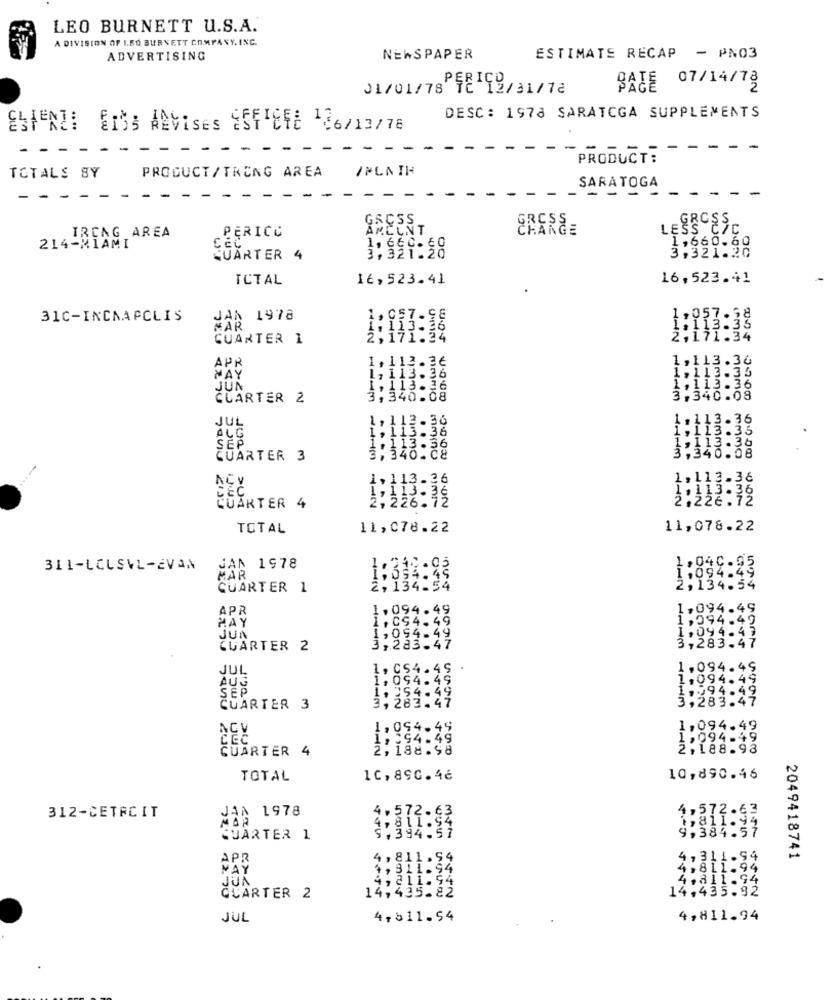
LEO BURNETT U.S.A.
A DIVISION OF 1.80 BURNETT COMPANY. INC.
ADVERTISING
NEWSPAPER
ESTIMATE RECAP - PN03
01/01/78PERIGO
E 12/31/12
BATE 07/14/78
DESC : 1978 SARATOGA SUPPLEMENTS
ESFENZI GISS ANVises ESFTETE 106/13/78
- -
PRODUCT:
IMLA IN
TOTALS SY
PRODUCT/TRONG AREA
SARATOGA
--
GSCSS
GROSS
IRCAG AREA
PERICO
MCUNT
CHARGE
LESS CIC
214-MIAMI
1,660.60
QUARTER 4
3,321:28
3,321.20
ICTAL
16, 523.41
16, 523.41
.a.m
31C-INCNAPCLIS
1978
57.58
1:113:38
GUARTER 1
, 113.36
,113.36
APR
WAY
113.36
,113.35
JUN
1, 113.26
,113.36
CUARTER 2
3,340.08
3,340.08
Wupper
JUL
1, 113.36
.36
3:33
SEP
ALG
1, 113.36
1.113.36
QUARTER 3
3,340.Ce
340.08
NC V
1, 113 .36
113.36
. .
CEC
2,226.72
,113.39
CUARTER 4
TOTAL
11,078.22
11,078.22
311-LOLSVL-EVA
JAN 1978
,04C.93
1:534:45
,094.49
CUARTER 1
2,134.54
APP
1.094.49
,094.49
1,094.49
MAY
1.CS4.49
1,994-49
1.094.43
QUARTER 2
3,283.47
3,283.47
JUL
1, CS4. 49
1.094.49
AU
1,054.49
1,094.49
SEP
4.49
1,594.49
3,283.47
1. 3
3.
3.47
CUARTER 3
NPH
3,2
...
NCV
1, 094.
,094
49
CEC
1,354.49
QUARTER 4
2,188.98
TOTAL
1C, 890.46
10, 890.46
JAA 1978
4,572 .63
312-CETACIT
9,384.57
$811.99
QUARTER 1
$,394.51
4, 811.
4,311.94
2049418741
1,311.94
4,811.94
4. 811 .94
4, 311.94
22
14,435.92
CCARTER 2
14,435
JUL
4,811.54
4,811.94